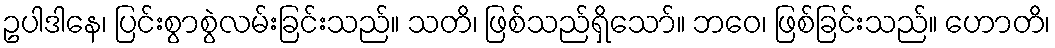
ဥပါဒါနေ၊ ပြင်းစွာစွဲလမ်းခြင်းသည်။ သတိ၊ ဖြစ်သည်ရှိသော်။ ဘဝေ၊ ဖြစ်ခြင်းသည်။ ဟောတိ၊